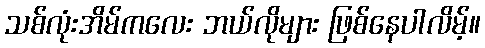
သစ်လုံးအိမ်ကလေး ဘယ်လိုများ ဖြစ်နေပါလိမ့်။